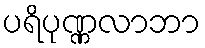
ပရိပုဏ္ဏလာဘာ